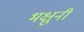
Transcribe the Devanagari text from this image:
भक्षुनी